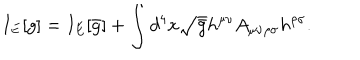
I _ { E } [ g ] = I _ { E } [ \bar { g } ] + \int d ^ { 4 } x \sqrt { \bar { g } } h ^ { \mu \nu } A _ { \mu \nu \rho \sigma } h ^ { \rho \sigma } .